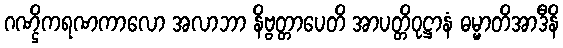
ဂဏ္ဌိကရဏကာလော အလာဘာ နိဗ္ဗတ္တာပေတိ အာပတ္တိဝုဋ္ဌာနံ ဓမ္မာတိအာဒီနိ